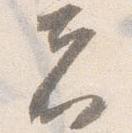
者